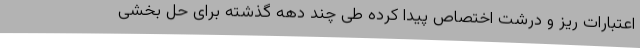
اعتبارات ریز و درشت اختصاص پیدا کرده طی چند دهه گذشته برای حل بخشی